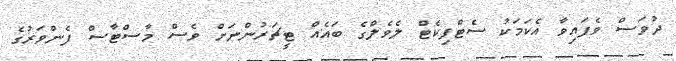
ދުވަސް ވެފައިވާ އެކަމަކު ސެޓްފިކެޓް ލެވެލްގެ ބައެއް ޓީޗަރުންނަށް ވެސް މާސްޓާސް ފެންވަރުގެ